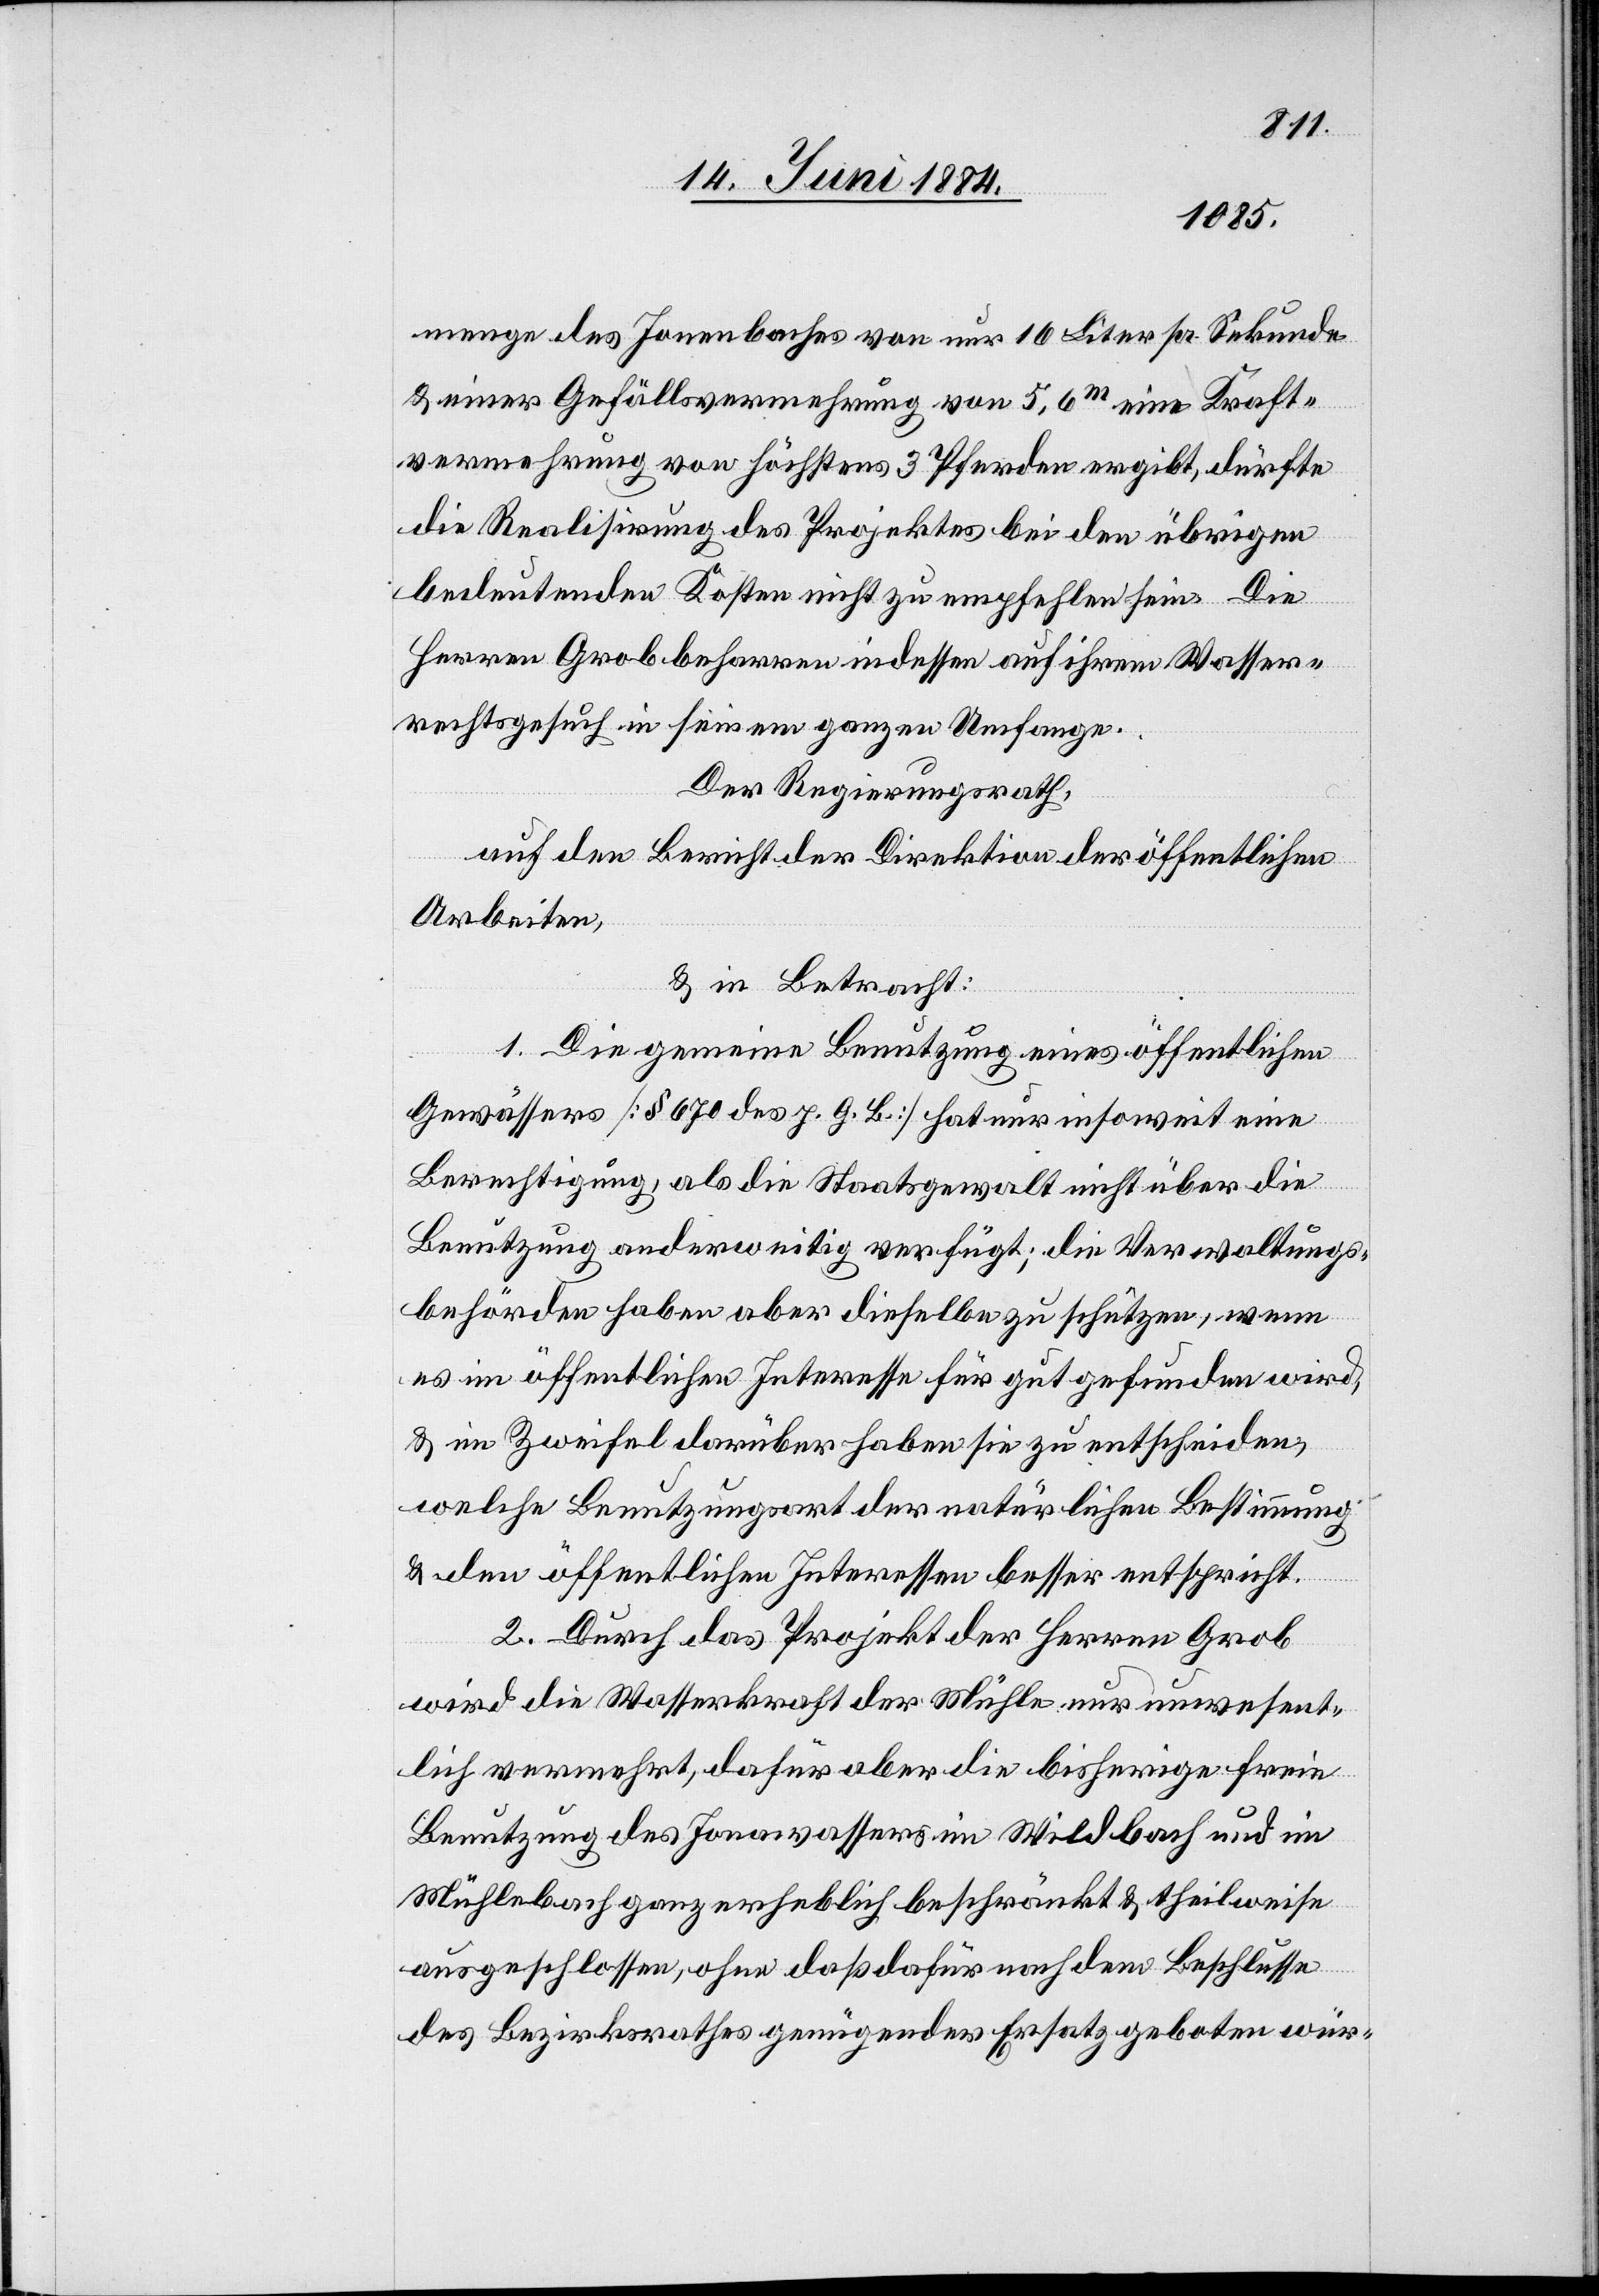
menge des Jonenbaches von nur 16 Liter pr. Sekunde
& einer Gefällsvermehrung von 5,6m eine Kraft¬
vermehrung von höchstens 3 Pferden ergibt, dürfte
die Realisirung des Projektes bei den übrigen
bedeutenden Kosten nicht zu empfehlen sein. Die
Herren Grob beharren indessen auf ihrem Wasser¬
rechtsgesuch in seinem ganzen Umfange.
Der Regierungsrath,
auf den Bericht der Direktion der öffentlichen
Arbeiten,
& in Betracht:
1. Die gemeine Benutzung eines öffentlichen
Gewässers [§ 670 des p. G. B.] hat nur insoweit eine
Berechtigung, als die Staatsgewalt nicht über die
Benutzung anderweitig verfügt; die Verwaltungs¬
behörden haben aber dieselbe zu schützen, wenn
es im öffentlichen Interesse für gut gefunden wird,
& im Zweifel darüber haben sie zu entscheiden,
welche Benutzungsart der natürlichen Bestimmung
& den öffentlichen Interessen besser entspricht.
2. Durch das Projekt der Herren Grob
wird die Wasserkraft der Mühle nur unwesent¬
lich vermehrt, dafür aber die bisherige freie
Benutzung des Jonawassers im Wildbach und im
Mühlebach ganz erheblich beschränkt & theilweise
ausgeschlossen, ohne daß dafür nach dem Beschlusse
des Bezirksrathes genügender Ersatz geboten wür-